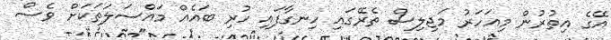
އޭގެ އިތުރުން މިއަހަރު މަޖިލިސް ތެރޭގައި ހިނގާފައި ހުރި ބައެއް މައްސަލަތަކަށް ވެސް